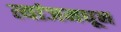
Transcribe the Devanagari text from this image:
त्यांजमधून